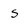
Character: 5